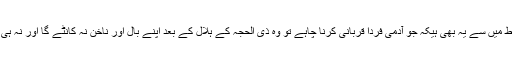
اسکی شرائط میں سے یہ بھی ہیکہ جو آدمی فرداً قربانی کرنا چاہے تو وہ ذی الحجہ کے ہلال کے بعد اپنے بال اور ناخن نہ کانٹے گا اور نہ ہی تراشے گا۔